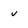
Character: v